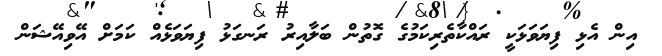
އިން އެޅި ފިޔަވަޅަކީ ރައްކާތެރިކަމުގެ ގޮތުން ބަލާއިރު ރަނގަޅު ފިޔަވަޅެއް ކަމަށް އޭވިއޭޝަން